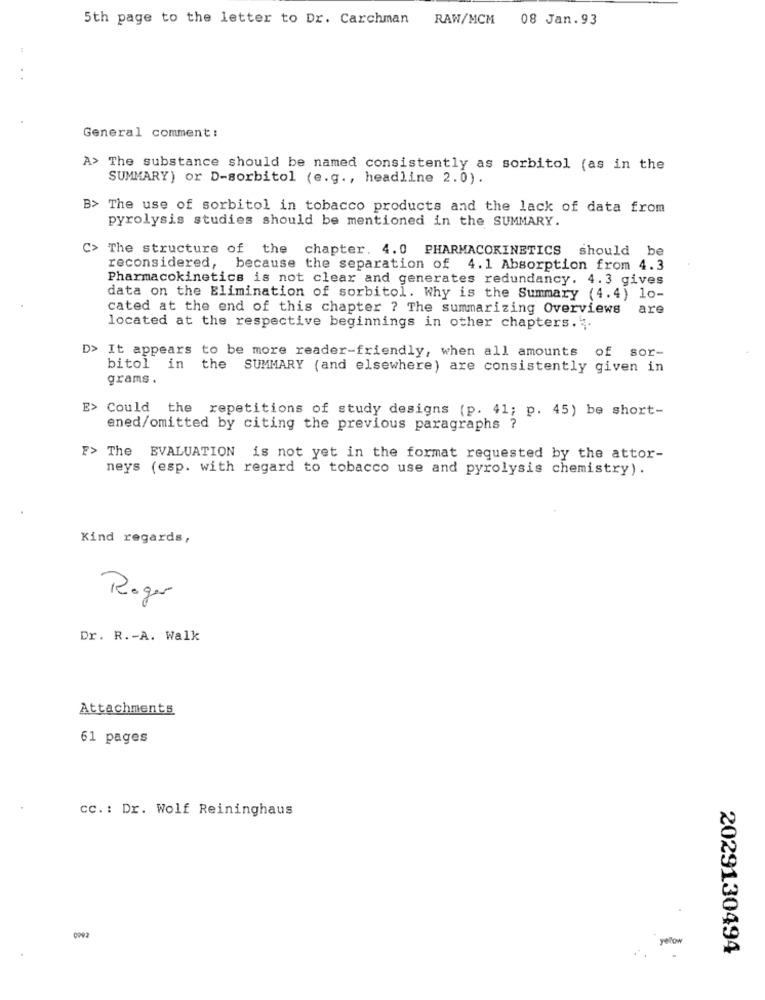
5th page to the letter to Dr. Carchman RAW/MCM 08 Jan.93
General comment :
A> The substance should be named consistently as sorbitol (as in the
SUMMARY) or D-sorbitol (e.g ., headline 2.0).
B> The use of sorbitol in tobacco products and the lack of data from
pyrolysis studies should be mentioned in the SUMMARY.
>>
The structure of the chapter. 4.0 PHARMACOKINETICS should be
reconsidered, because the separation of 4.1 Absorption from 4.3
Pharmacokinetics is not clear and generates redundancy. 4.3 gives
data on the Elimination of sorbitol. Why is the Summary (4.4) lo-
cated at the end of this chapter ? The summarizing Overviews
are
located at the respective beginnings in other chapters. "
It appears to be more reader-friendly, when all amounts of sor-
bitol in the SUMMARY (and elsewhere) are consistently given in
grams.
E> Could the repetitions of study designs (p. 41; p. 45) be short-
ened/omitted by citing the previous paragraphs ?
F> The EVALUATION is not yet in the format requested by the attor-
neys (esp. with regard to tobacco use and pyrolysis chemistry).
Kind regards,
Roger
Dr. R .- A. Walk
Attachments
61 pages
cc .: Dr. Wolf Reininghaus
0992
yelow
2029130494